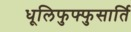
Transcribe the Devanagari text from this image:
धूलिफुफ्फुसार्ति